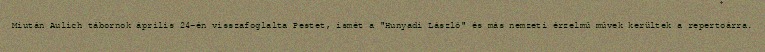
Miután Aulich tábornok április 24-én visszafoglalta Pestet, ismét a "Hunyadi László" és más nemzeti érzelmű művek kerültek a repertoárra.